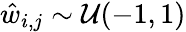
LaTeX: \hat{w}_{i,j}\sim\mathcal{U}(-1,1)